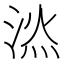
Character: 𣷇